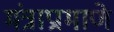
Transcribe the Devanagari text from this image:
मंत्राप्रामाणे